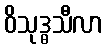
ဝိသုဒ္ဓသီလာ